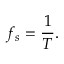
f _ { s } = \frac { 1 } { T } .